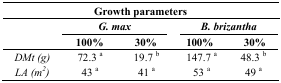
<table><thead><tr><td colspan="5"><b>Growth parameters</b></td><td></td></tr><tr><td rowspan="2"></td><td colspan="2"><b><i>G. max</i></b></td><td colspan="2"><b><i>B. brizantha</i></b></td><td></td></tr><tr><td><b>100%</b></td><td><b>30%</b></td><td><b>100%</b></td><td><b>30%</b></td><td></td></tr></thead><tbody><tr><td><i>DMt (g)</i></td><td>72.3 <sup>a</sup></td><td>19.7 <sup>b</sup></td><td>147.7 <sup>a</sup></td><td>48.3 <sup>b</sup></td><td></td></tr><tr><td><i>LA (m<sup>2</sup>)</i></td><td>43 <sup>a</sup></td><td>41 <sup>a</sup></td><td>53 <sup>a</sup></td><td>49 <sup>a</sup></td><td></td></tr></tbody></table>